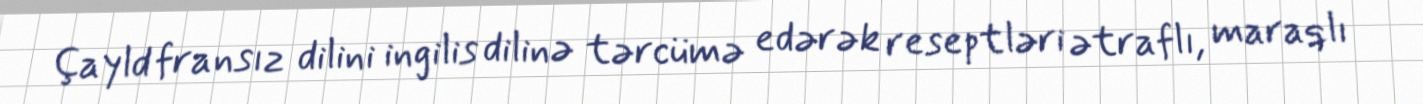
Çayld fransız dilini ingilis dilinə tərcümə edərək reseptləri ətraflı, maraqlı